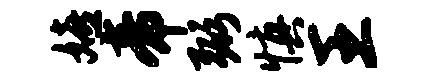
嬉帝弼慎王